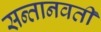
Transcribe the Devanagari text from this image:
सन्तानवती